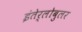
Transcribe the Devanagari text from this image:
इंतेर्लोबुलर